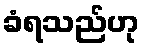
ခံရသည်ဟု